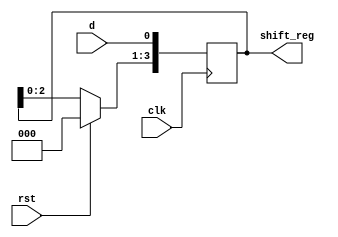
/*--==========================================================================--*/
//--================================ VERILOG ===================================--
//--============================================================================--
//--                                                                            --
//-- FILE NAME: shift_register.v                                                --
//--                                                                            --
//-- DATE: 9/10/2012                                                            --
//--                                                                            --
//-- DESIGNER: Samir Silbak                                                     --
//--           silbak04@gmail.com                                               --
//--                                                                            --
//-- DESCRIPTION: 4 bit shift register                                          --
//--                                                                            --
//--============================================================================--
//--================================ VERILOG ===================================--
/*--===========================================================================--*/

module shift_register (
    input clk, rst, d,
    output reg [3:0] shift_reg = 4'b0000
);

    always @ (posedge clk) begin
        if(rst)
            shift_reg <= 4'b0000;
        else
            shift_reg [3:1] <= shift_reg [2:0];
            shift_reg [0] <= d;
    end

endmodule